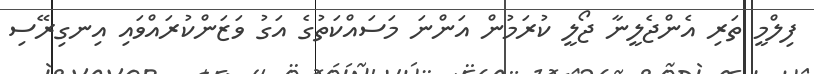
ފިލްމީ ތަރި އެންޖެލީނާ ޖޯލީ ކުރަމުން އަންނަ މަސައްކަތުގެ އަގު ވަޒަންކުރައްވައި އިނގިރޭސި